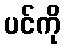
ပင်ကို